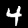
Label: 4